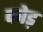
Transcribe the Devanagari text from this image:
कोड़